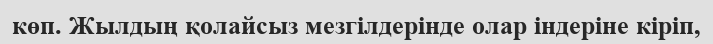
көп. Жылдың қолайсыз мезгілдерінде олар індеріне кіріп,